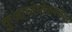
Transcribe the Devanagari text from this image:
कुआव्तेमोकबरोबर